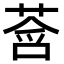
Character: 𫟓